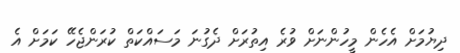
ދިޔުމަށް އެހެން މީހުންނަށް ވުރެ އިތުރަށް ދެގުނަ މަސައްކަތް ކުރަންޖެހޭ ކަމަށް އެ